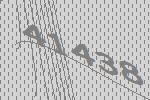
41438